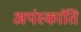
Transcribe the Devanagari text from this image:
अपंस्कांति